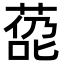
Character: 㗡